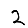
Digit: 2